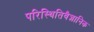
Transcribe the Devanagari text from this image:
परिस्थितिवैज्ञानिक